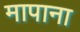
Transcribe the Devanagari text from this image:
मापाना